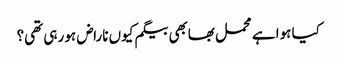
کیا ہوا ہے محمل بھابھی بیگم کیوں ناراض ہو رہی تھی؟